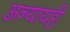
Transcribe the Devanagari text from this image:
अन्यायही